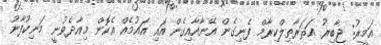
އަމީރު: ޖާބިރު ޢަޘަރާތިލްކިރާމް ފެނިގެން އޭނާއާއިގެން އައި އައުމެއް އެކޮން މިއާދެވުނީ މަނިކުފާނު